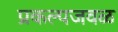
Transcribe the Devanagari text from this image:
प्रकल्पजवळ